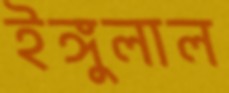
ইঙ্গুলাল